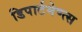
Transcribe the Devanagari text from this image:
डिपार्टमेण्त्स